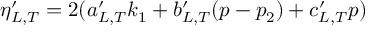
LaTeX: \eta _ { L , T } ^ { \prime } = 2 ( a _ { L , T } ^ { \prime } k _ { 1 } + b _ { L , T } ^ { \prime } ( p - p _ { 2 } ) + c _ { L , T } ^ { \prime } p )